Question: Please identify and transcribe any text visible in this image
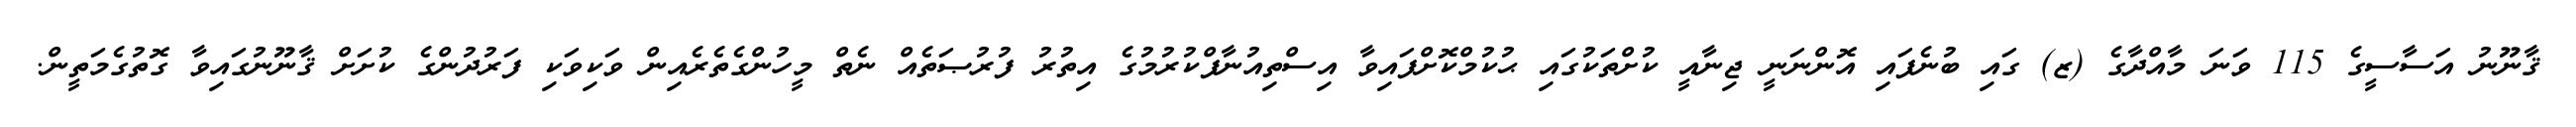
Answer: ޤާނޫނު އަސާސީގެ 115 ވަނަ މާއްދާގެ (ޒ) ގައި ބުނެފައި އޮންނަނީ ޖިނާއީ ކުށްތަކުގައި ޙުކުމްކޮށްފައިވާ އިސްތިއުނާފްކުރުމުގެ އިތުރު ފުރުޞަތެއް ނެތް މީހުންގެތެރެއިން ވަކިވަކި ފަރުދުންގެ ކުށަށް ޤާނޫނުގައިވާ ގޮތުގެމަތީން.